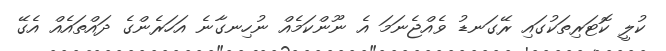
ކުލީ ކޮޓަރިތަކުގައި ރޭގަނޑު ވެއްޖެނަމަ އެ ނޫންކަމެއް ނުހިނގާނެ އަހަރެންގެ ދައްތައެއް އެގޭ